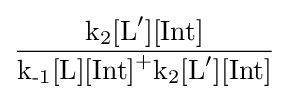
{\frac {{\mathit {\mathrm {k} }}{\vphantom {A}}_{\smash[{t}]{2}}[\mathrm {L} {\vphantom {A}}^{\prime }][\mathrm {Int} ]}{{\mathit {\mathrm {k_{{\text{-}}1}[L][Int]} }}{\vphantom {A}}^{+}{\mathit {\mathrm {k} }}{\vphantom {A}}_{\smash[{t}]{2}}[\mathrm {L} {\vphantom {A}}^{\prime }][\mathrm {Int} ]}}